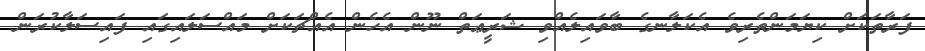
ފަރާތަކަށް ކިޔަމަންތެރިވެ އެކަލާނގެ ބާވައިލެއްވި ޝަރީޢަތް ނޫން އެހެން އެއްޗަކަށް މައްސަލައިގައި ފައިސަލާކުރަން